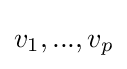
v_{1},...,v_{p}